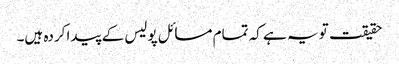
حقیقت تو یہ ہے کہ تمام مسائل پولیس کے پیدا کردہ ہیں۔